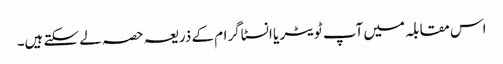
اس مقابلہ میں آپ ٹویٹر یا انسٹاگرام کے ذریعہ حصہ لے سکتے ہیں۔